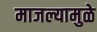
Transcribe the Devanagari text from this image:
माजल्यामुळे